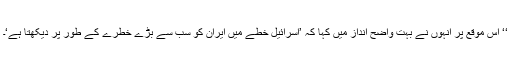
‘‘ اس موقع پر انہوں نے بہت واضح انداز میں کہا کہ ’اسرائیل خطے میں ایران کو سب سے بڑے خطرے کے طور پر دیکھتا ہے‘۔